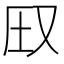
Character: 𪠦